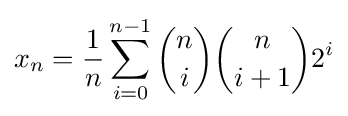
x_{n}={\frac {1}{n}}\sum _{i=0}^{n-1}{n \choose i}{n \choose i+1}2^{i}